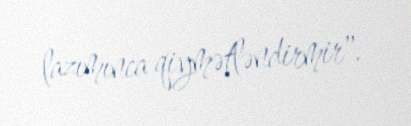
lazımınca qiymətləndirmir".